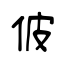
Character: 佊